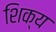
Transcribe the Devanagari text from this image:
शिक्य